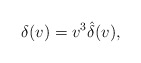
\begin{align*} \delta(v)=v^3\hat{\delta}(v),\end{align*}